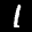
Label: 1